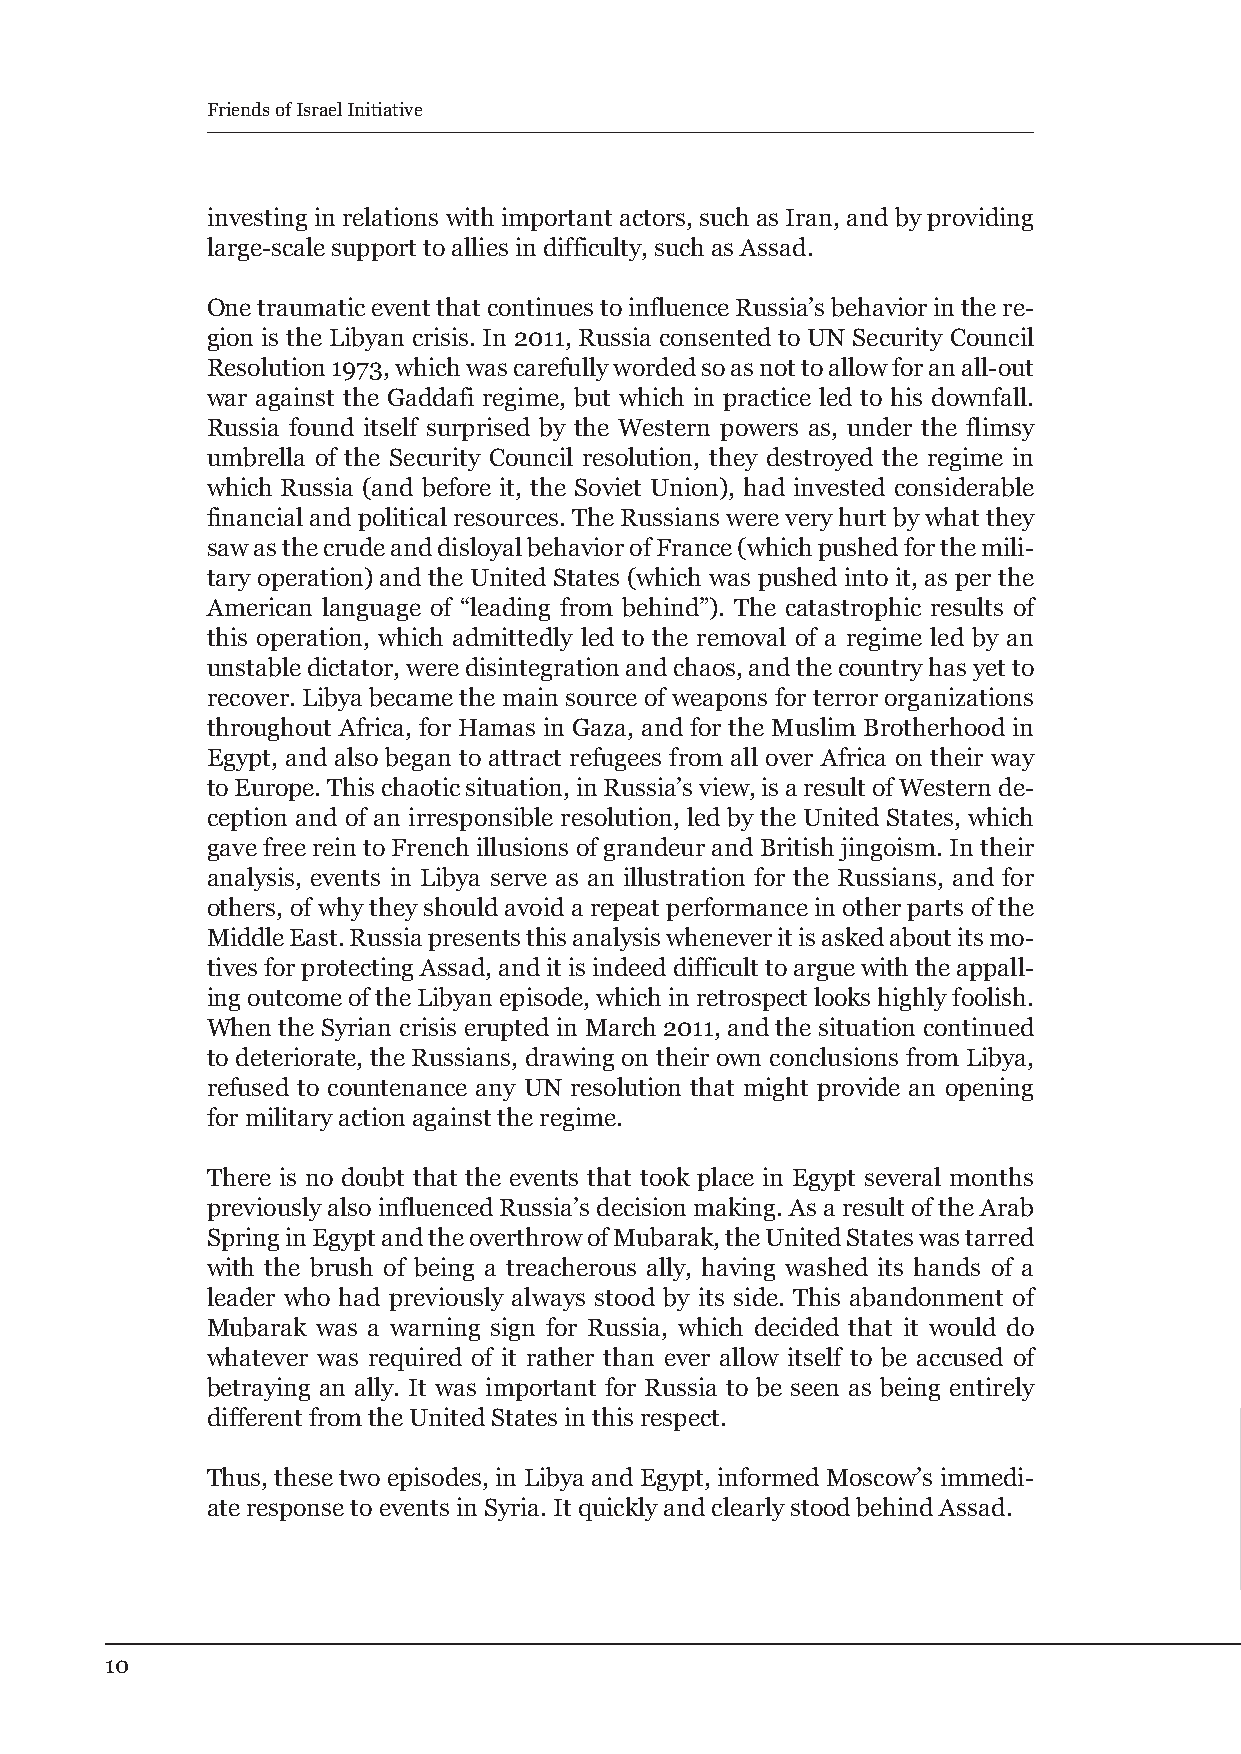
Friends of Israel Initiative
 investing in relations with important actors, such as Iran, and by providing
 large-scale support to allies in difficulty, such as Assad.
 One traumatic event that continues to influence Russia’s behavior in the re-
 gion is the Libyan crisis. In 2011, Russia consented to UN Security Council
 Resolution 1973, which was carefully worded so as not to allow for an all-out
 war against the Gaddafi regime, but which in practice led to his downfall.
 Russia found itself surprised by the Western powers as, under the flimsy
 umbrella of the Security Council resolution, they destroyed the regime in
 which Russia (and before it, the Soviet Union), had invested considerable
 financial and political resources. The Russians were very hurt by what they
 saw as the crude and disloyal behavior of France (which pushed for the mili-
 tary operation) and the United States (which was pushed into it, as per the
 American language of “leading from behind”). The catastrophic results of
 this operation, which admittedly led to the removal of a regime led by an
 unstable dictator, were disintegration and chaos, and the country has yet to
 recover. Libya became the main source of weapons for terror organizations
 throughout Africa, for Hamas in Gaza, and for the Muslim Brotherhood in
 Egypt, and also began to attract refugees from all over Africa on their way
 to Europe. This chaotic situation, in Russia’s view, is a result of Western de-
 ception and of an irresponsible resolution, led by the United States, which
 gave free rein to French illusions of grandeur and British jingoism. In their
 analysis, events in Libya serve as an illustration for the Russians, and for
 others, of why they should avoid a repeat performance in other parts of the
 Middle East. Russia presents this analysis whenever it is asked about its mo-
 tives for protecting Assad, and it is indeed difficult to argue with the appall-
 ing outcome of the Libyan episode, which in retrospect looks highly foolish.
 When the Syrian crisis erupted in March 2011, and the situation continued
 to deteriorate, the Russians, drawing on their own conclusions from Libya,
 refused to countenance any UN resolution that might provide an opening
 for military action against the regime.
 There is no doubt that the events that took place in Egypt several months
 previously also influenced Russia’s decision making. As a result of the Arab
 Spring in Egypt and the overthrow of Mubarak, the United States was tarred
 with the brush of being a treacherous ally, having washed its hands of a
 leader who had previously always stood by its side. This abandonment of
 Mubarak was a warning sign for Russia, which decided that it would do
 whatever was required of it rather than ever allow itself to be accused of
 betraying an ally. It was important for Russia to be seen as being entirely
 different from the United States in this respect.
 Thus, these two episodes, in Libya and Egypt, informed Moscow’s immedi-
 ate response to events in Syria. It quickly and clearly stood behind Assad.
 10